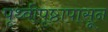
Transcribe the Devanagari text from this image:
पृथ्वीपृष्ठापासून